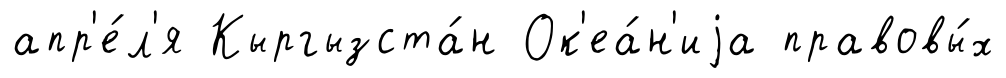
апр'е́л'я Кыргызста́н Ок'еа́н'иjа правовы́х